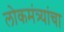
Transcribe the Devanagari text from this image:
लोकमंत्र्यांचा